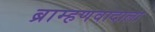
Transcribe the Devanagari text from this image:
ब्राम्हणवादाला